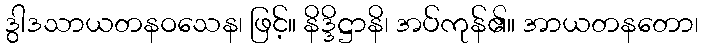
ဒွါဒသာယတနဝသေန၊ ဖြင့်။ နိဒ္ဒိဋ္ဌာနိ၊ အပ်ကုန်၏။ အာယတနတော၊